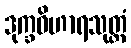
ဒုက္ခဝိဟာရသုတ္တံ